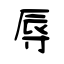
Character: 辱